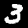
Label: 3